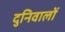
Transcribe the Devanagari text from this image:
दुनिवालों